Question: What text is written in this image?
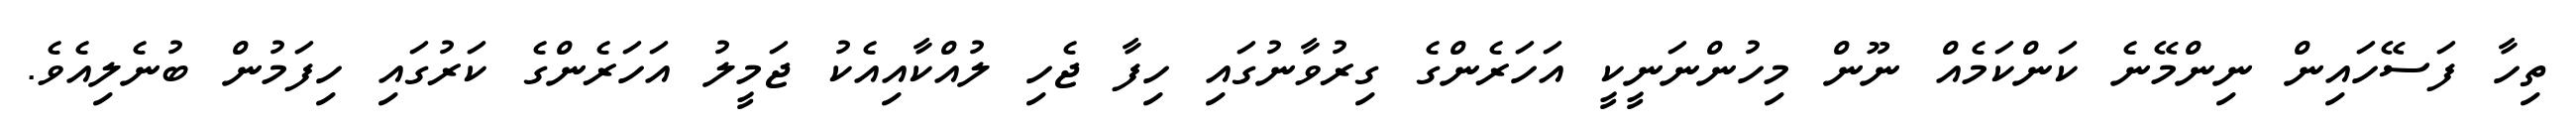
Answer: ތިހާ ފަސޭހައިން ނިންމޭނެ ކަންކަމެއް ނޫން މިހުންނަނީކީ އަހަރެންގެ ގިރުވާނުގައި ހިފާ ޖެހި ލުއްކާއިއެކު ޖަމީލު އަހަރެންގެ ކަރުގައި ހިފަމުން ބުނެލިއެވެ.